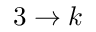
3 \rightarrow k